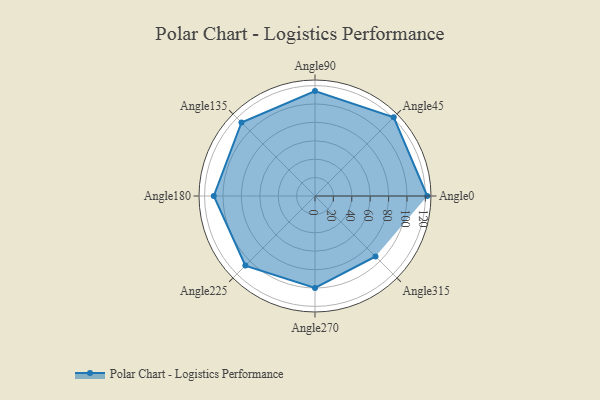
{"axis": {"x": "Angle", "y": "Radius"}, "legend": [""], "data": [{"x": "Angle0", "y": 122.0, "type": ""}, {"x": "Angle45", "y": 121.0, "type": ""}, {"x": "Angle90", "y": 114.0, "type": ""}, {"x": "Angle135", "y": 113.0, "type": ""}, {"x": "Angle180", "y": 110.0, "type": ""}, {"x": "Angle225", "y": 107.0, "type": ""}, {"x": "Angle270", "y": 100.0, "type": ""}, {"x": "Angle315", "y": 93.0, "type": ""}]}